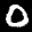
Label: 0